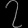
Digit: ၇